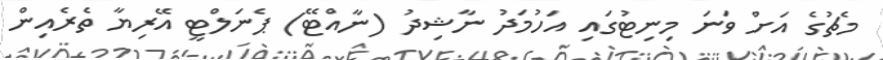
މެޗުގެ އަށް ވަނަ މިނިޓުގައި އަހުމަދު ނާޝިދު (ނާއްޓޭ) ޕެނަލްޓީ އޭރިޔާ ތެރެއިން